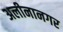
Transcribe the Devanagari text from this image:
अलीनानगर